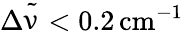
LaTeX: \Delta{\tilde{\upnu}}<0.2\, \mathrm{cm}^{-1}